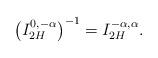
LaTeX: \begin{align*}\left(I_{2H}^{0, -\alpha}\right)^{-1}= I_{2H}^{-\alpha, \alpha}.\end{align*}